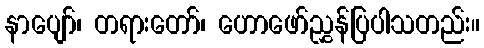
နာပျော်၊ တရားတော်၊ ဟောဖော်ညွှန်ပြပါသတည်း။